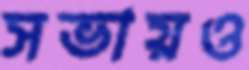
সভায়ও